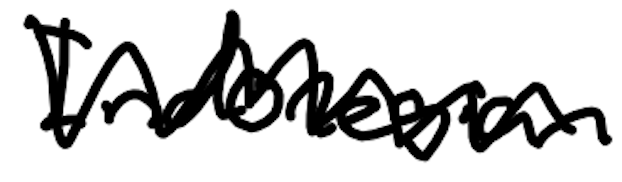
Text: Indonesian
Cross-out: zig-zag
Writing tool: digital_black